Civil Veterinary Department. United Provinces 1932-42 - 1932-1942
Year: 1932
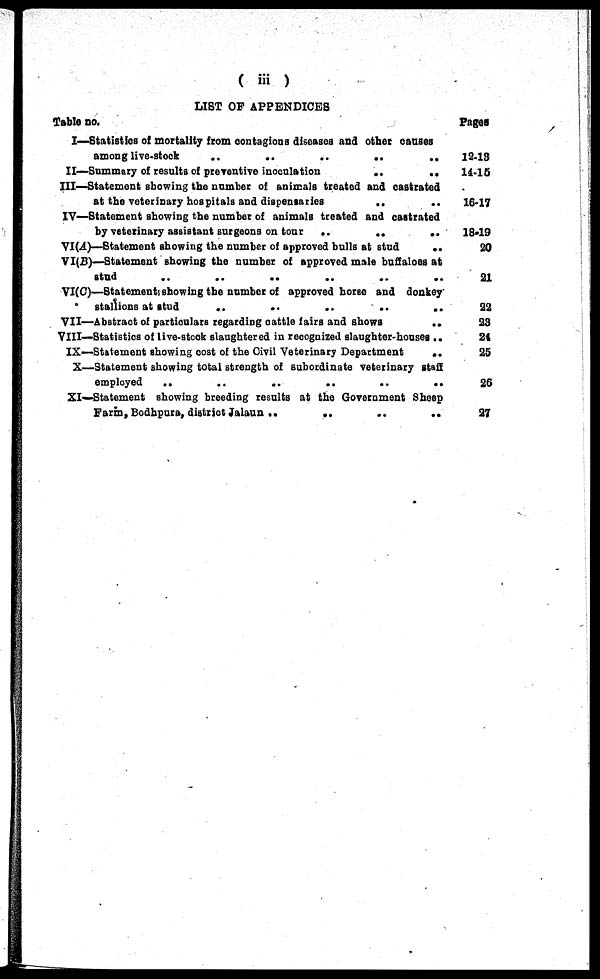
( iii )
LIST OF APPENDICES
Table no.
I—Statistics of mortality from contagious diseases and other causes
among live-stock
..
..
..
..
..
II—Summary of results of preventive inoculation
..
..
III—Statement showing the number of animals treated and castrated
at the veterinary hospitals and dispensaries
..
IV—Statement showing the number of animals treated and castrated
by veterinary assistant surgeons on tour ..
..
..
VI(A)—Statement showing the number of approved bulls at
stud
..
VI(B)—Statement showing the number of approved male buffaloes at
stud
..
..
..
..
..
..
VI(C)—Btatementi showing the number of approved horse and donkey
stallions at stud
..
..
..
..
..
VII—Abstract of particulars regarding cattle fairs and shows
..
VIII—Statistics of live-stcok slaughtered in recognized slaughter-houses ..
IX—Statement showing cost of the Civil Veterinary Department
..
X—Statement showing total strength of subordinate veterinary staff
employed
..
..
..
..
..
..
XI—Statement showing breeding results at the Government Sheep
Farm, Bodhpura, district Jalaun ..
..
..
..
Pages
13.13
14-15
16-17
18-19
20
21
22
23
24
25
26
27